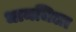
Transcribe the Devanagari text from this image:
धामजिला